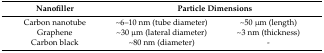
<table><thead><tr><td><b>Nanofiller</b></td><td colspan="2"><b>Particle Dimensions</b></td></tr></thead><tbody><tr><td>Carbon nanotube</td><td>~6–10 nm (tube diameter)</td><td>~50 μm (length)</td></tr><tr><td>Graphene</td><td>~30 μm (lateral diameter)</td><td>~3 nm (thickness)</td></tr><tr><td>Carbon black</td><td>~80 nm (diameter)</td><td>-</td></tr></tbody></table>